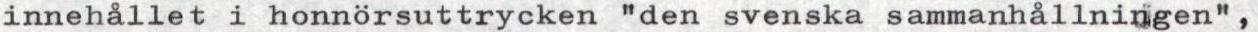
innehållet i honnörsuttrycken "den svenska sammanhållningen",